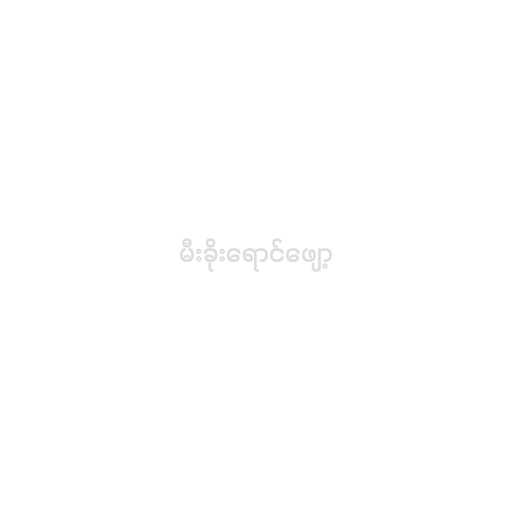
မီးခိုးရောင်ဖျော့